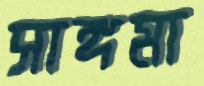
সাঙ্গমা